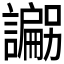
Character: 𲁽